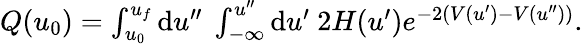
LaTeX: \begin{array}{r}{Q(u_{0})=\int_{u_{0}}^{u_{f}}\mathrm{d}u^{\prime\prime}\ \int_{-\infty}^{u^{\prime\prime}}\mathrm{d}u^{\prime}\ 2H(u^{\prime})e^{-2(V(u^{\prime})-V(u^{\prime\prime}))}.}\end{array}